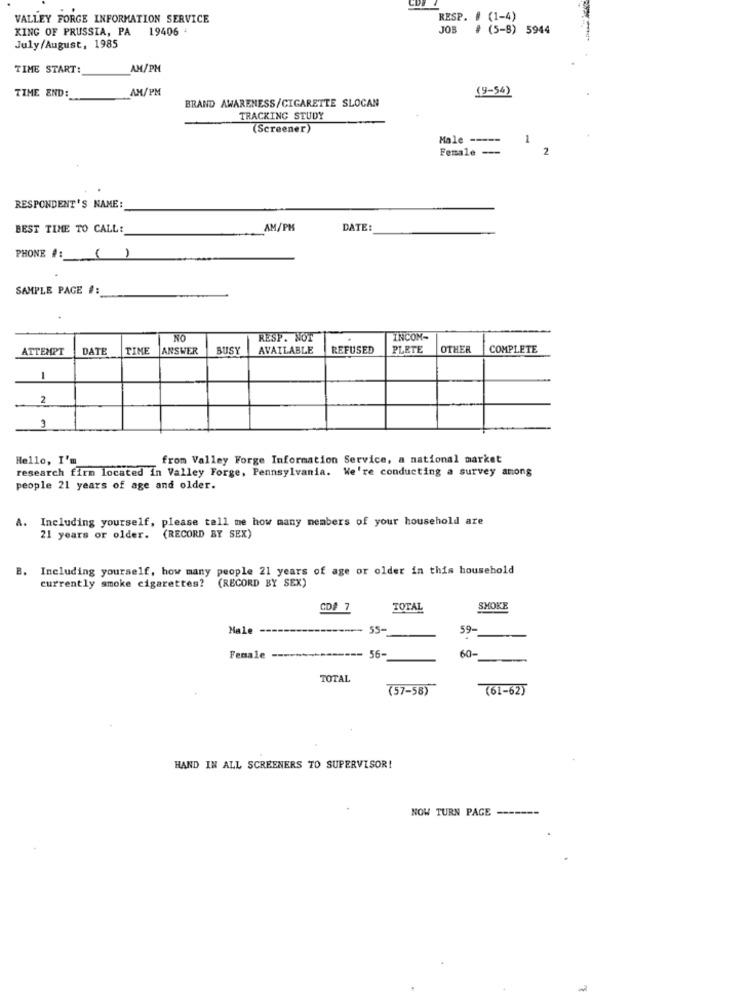
VALLEY FORGE INFORMATION SERVICE
RESP. # (1-4)
KING OF PRUSSIA, PA 19406 .
JOB
(5-8) 5944
July /August, 1985
TIME START:
AM/PM
AM/PM
(9-54)
TIME END:
BRAND AWARENESS/CIGARETTE SLOCAN
TRACKING STUDY
(Screener)
Male -----
1
Female ---
2
RESPONDENT'S NAME:
BEST TIME TO CALL:
AM/PM
DATE:
PHONE : ()
SAMPLE PAGE #:
NO
RESP. NOT
INNCOM-
ATTEMPT
DATE
TIME
ANSWER
BUSY
AVAILABLE
REFUSED
PLETE
OTHER
COMPLETE
1
2
3
Hello, I'm
from Valley Forge Information Service, a national market
research firm located In Valley Forge, Pennsylvania. We're conducting a survey among
people 21 years of age and older.
A.
Including yourself, please tell me how many members of your household are
21 years or older. (RECORD BY SEX)
B.
Including yourself, how many people 21 years of age or older in this household
currently smoke cigarettes? (RECORD BY SEX)
CD# 7
TOTAL
SHOKE
Mal
------- 55-
59-
56-
60-
Female
TOTAL
(57-58)
(61-62)
HAND IN ALL SCREENERS TO SUPERVISOR!
NOW TURN PAGE -------